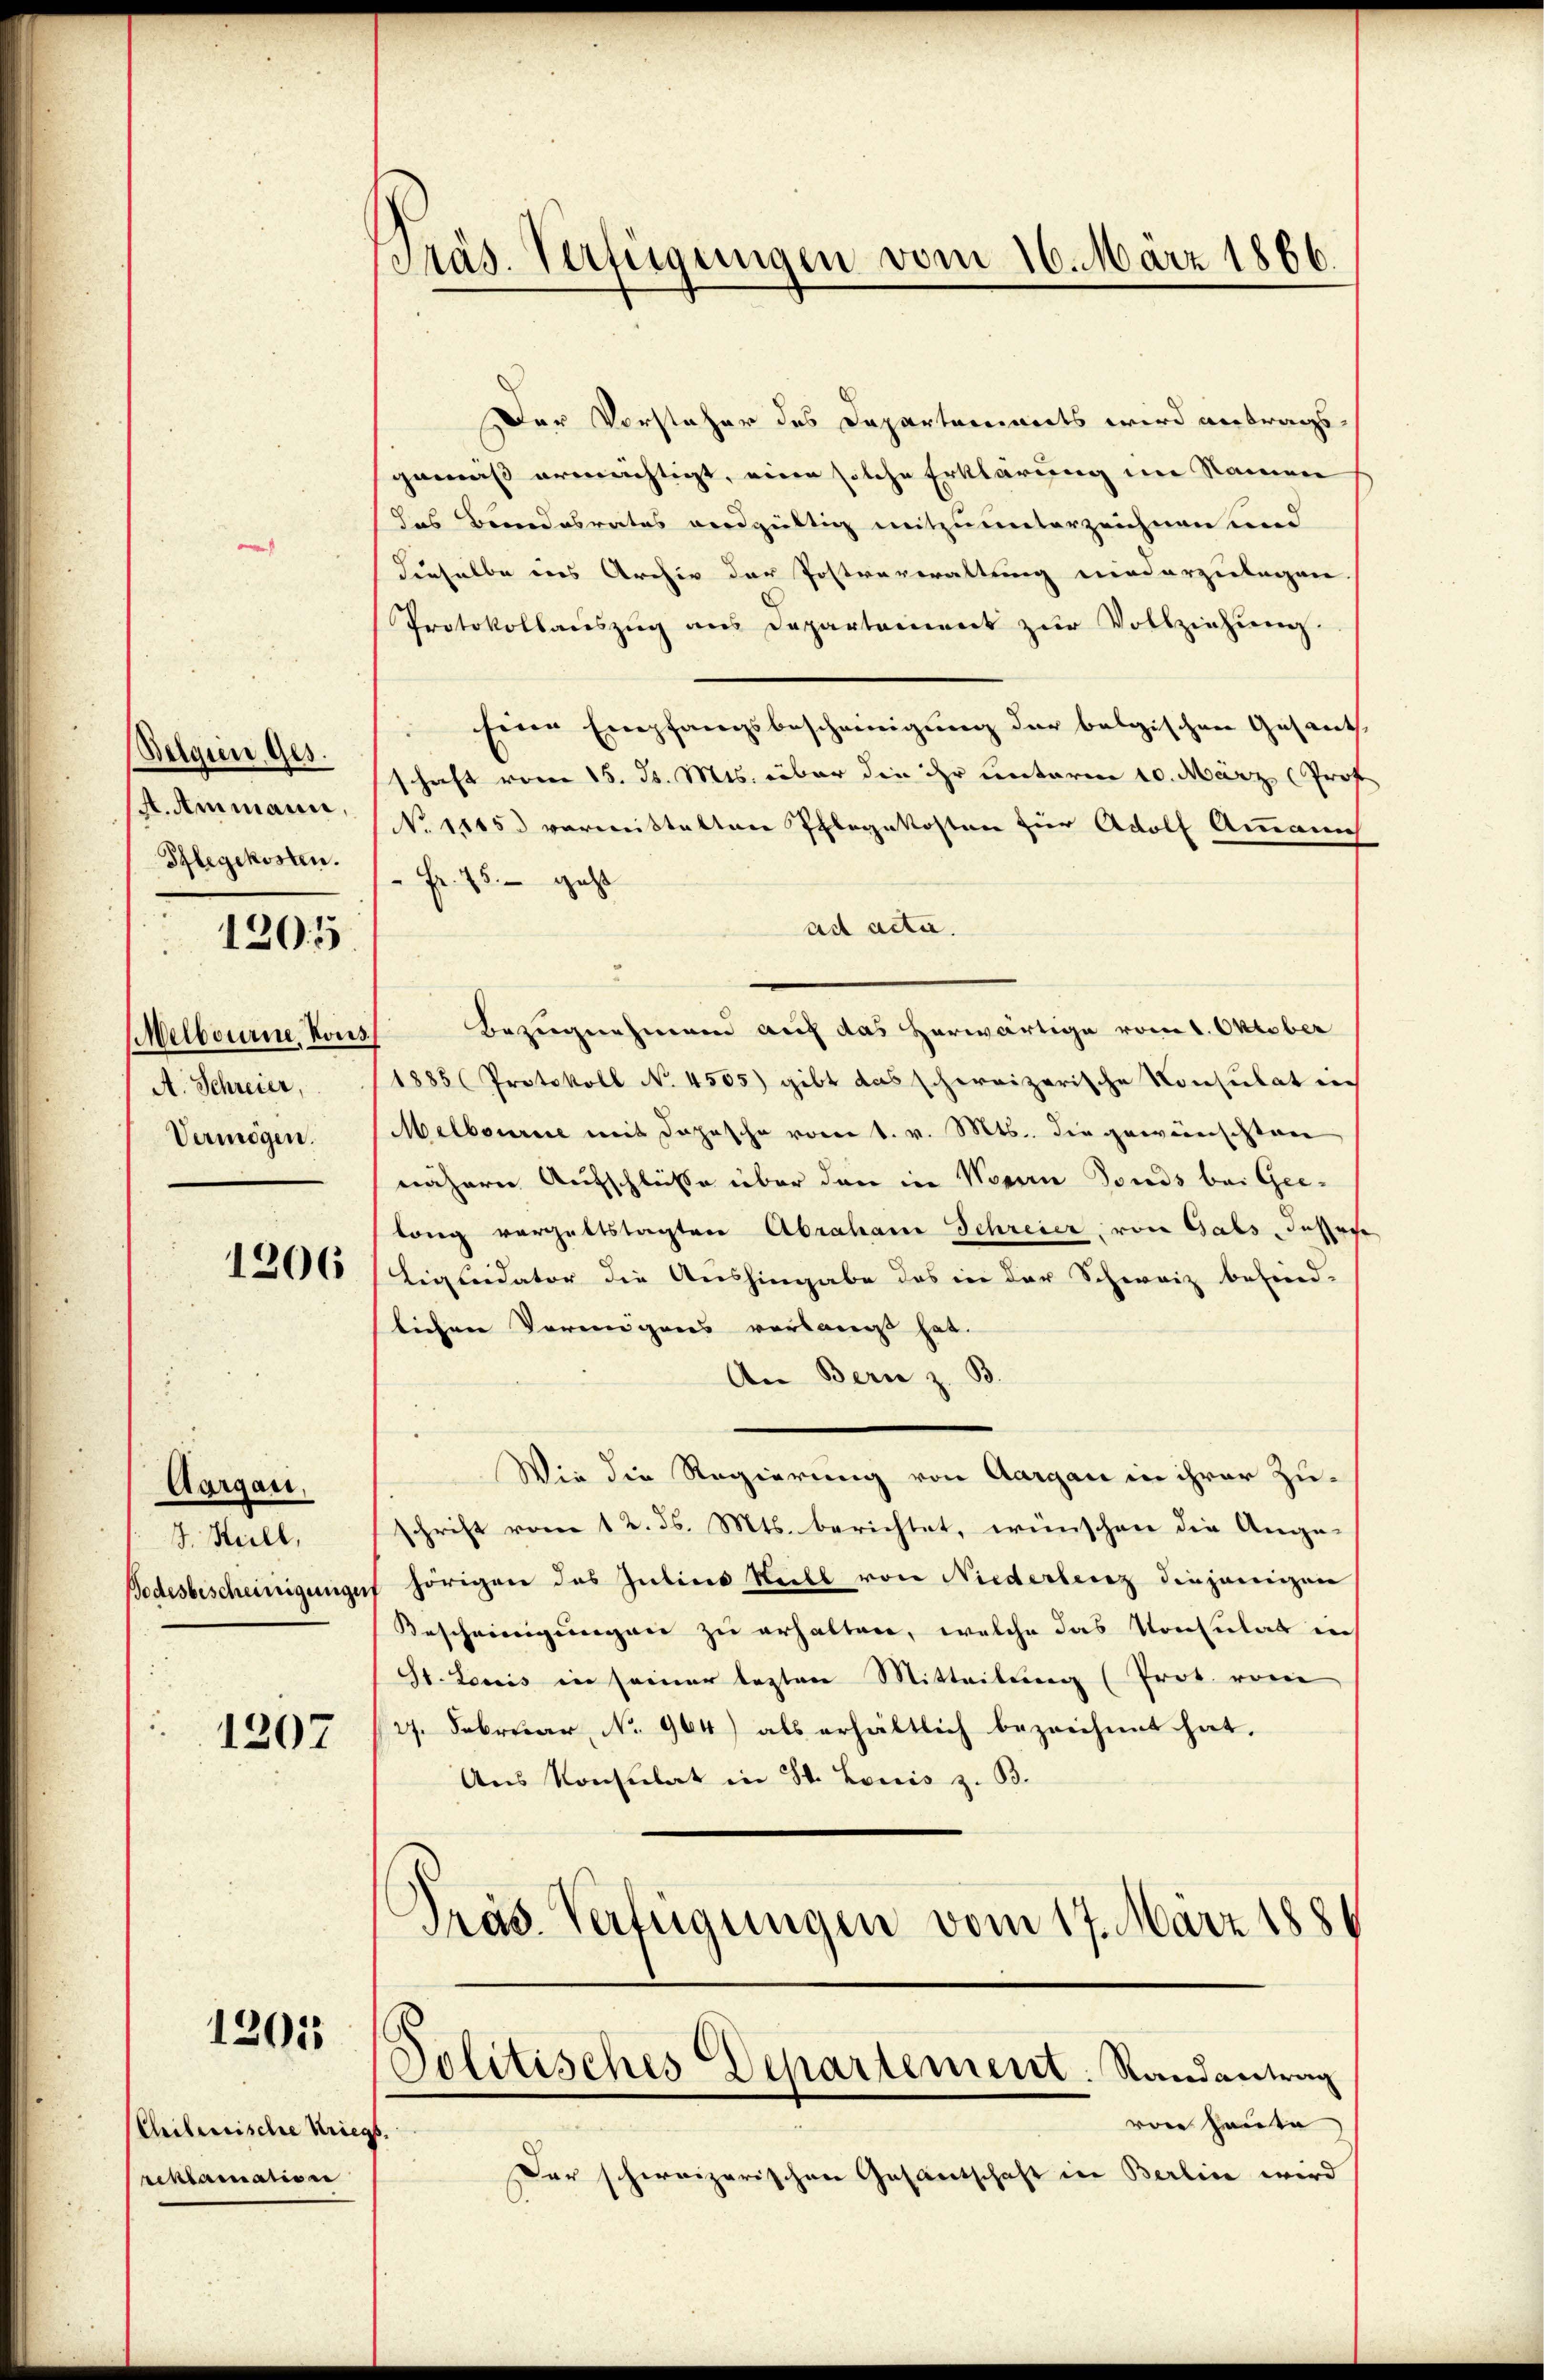
Belgien Ges.
A. Ammann,
Pflegekosten.
1205

Melbourne Kons.
A. Schreier,
Vermögen.

1206

Aargau,
J. Heill,
Bodesbescheinigunge

1207

1205

Chibersische Krieg
reklamation

Präs. Verfügungen vom 16. März 1866.

Der Vorsteher des Departements wird antrags,
gemäß errichtigt, eine solche Erklärung im Namen
das Brandesrates vordgültig mitzuunterzeichnen und
dieselbe ins Archiv der Postverwaltung niederzulagen
Protokollauszug aus Departement zur Vollziehung.
Eine Empfangsbescheinigung der belgischen Gesanth
schaft vom 15. d. Mts. über die ihr unterm 10. März (Prof.
No 1115. vormittelten Pflegekosten für Adolf Ammannh
 Fr. 75. - geht
ad acta.
Bezugnahmend auf das herwärtige vom 1. Oktober
1885 (Protokoll No. 4505) gibt das schweizerische Konsulat in
Melbourne mit Depesche vom 1. v. Mts. die gewünschten
nähern Aufschlüsse über den in Noren Fonds bei Geelang vorgeltstagten Abrahane Schreier, von Gats Jahre
Liquidator die Aushingabe das in der Schweiz befind-
lichen Vermögens verlangt hat.
An Bern z. B.
Wie die Regierung von Aargau in ihrer Zuschrift vom 12. ds. Mts. berichtet, wünschen die Ange-
hörigen des Intine Stell von Niederlenz diejenigen
Bescheinigungen zu erhalten, welche das Konsulat in
St. Louis in seiner lezten Mitteilung (Prot. vom
(27. Februar, No 964) als erhältlich bezeichnet hat.
Aus Konsulat in St. Louis z. B.
Präs. Verfügungen vom 17. März 188
Politisches Departement. Randantrag
von Hauta
Der schweizerischen Gasantschaft in Berlin wird